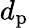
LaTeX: d_{\mathrm{p}}